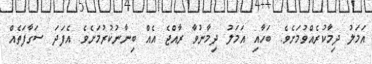
އަމަލު ދިމާކުރެއްވުމަށެވެ. ބަހާއި އަމަލު ދިމާނުވާ ރާއްޖެ އެއް ބިނާނުކުރުމަށެވެ. އެފަދަ ސަގާފަތެއް